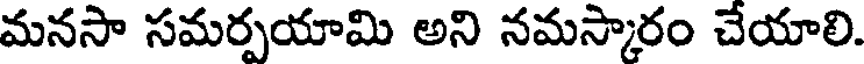
మనసా సమర్పయామి అని నమస్కారం చేయాలి.